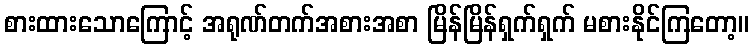
စားထားသောကြောင့် အရုဏ်တက်အစားအစာ မြိန်မြိန်ရှက်ရှက် မစားနိုင်ကြတော့။